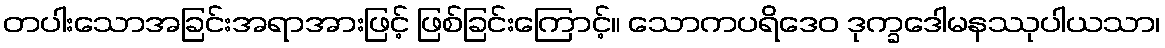
တပါးသောအခြင်းအရာအားဖြင့် ဖြစ်ခြင်းကြောင့်။ သောကပရိဒေဝ ဒုက္ခဒေါမနဿုပါယသာ၊